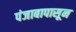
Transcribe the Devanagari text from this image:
पंजाबापासून